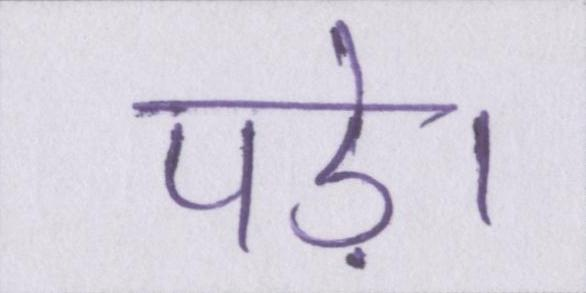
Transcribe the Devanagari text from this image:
पड़े।